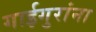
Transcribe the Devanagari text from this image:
गाईगुरांना